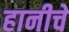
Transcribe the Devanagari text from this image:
हानीचे